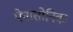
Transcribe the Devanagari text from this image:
पेनासोनिक